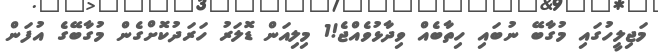
މަޖިލީހުގައި މުގާބޭ ނުބައި ހިތާބެއް ވިދާޅުވެއްޖެ!1 މިލިއަން ޑޮލަރު ހަރަދުކޮށްގެން މުގާބޭގެ އުފަން